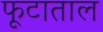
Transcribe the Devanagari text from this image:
फूटाताल